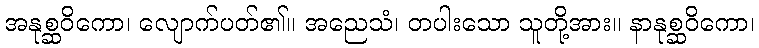
အနုစ္ဆဝိကော၊ လျောက်ပတ်၏။ အညေသံ၊ တပါးသော သူတို့အား။ နာနုစ္ဆဝိကော၊